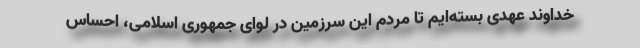
خداوند عهدی بسته‌ایم تا مردم این سرزمین در لوای جمهوری اسلامی، احساس